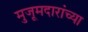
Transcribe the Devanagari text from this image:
मुजूमदारांच्या